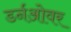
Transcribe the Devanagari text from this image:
डर्नओवर